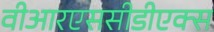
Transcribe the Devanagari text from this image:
वीआरएससीडीएक्स